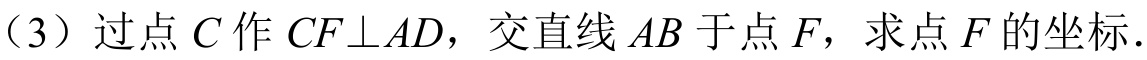
（3）过点 \(C\) 作 \(CF\perp AD\)，交直线 \(AB\) 于点 \(F\)，求点 \(F\) 的坐标.